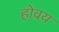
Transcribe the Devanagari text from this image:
होवय